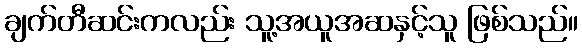
ချက်တီဆင်းကလည်း သူ့အယူအဆနှင့်သူ ဖြစ်သည်။